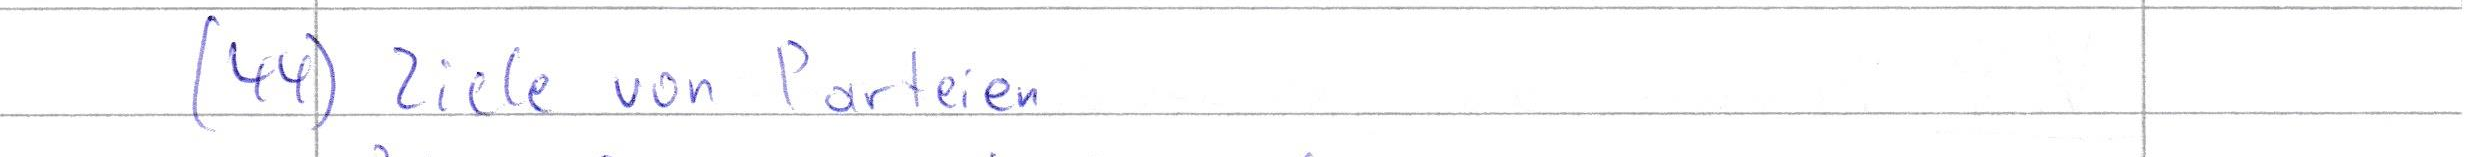
(44) Ziele von Parteien